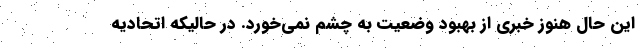
این حال هنوز خبری از بهبود وضعیت به چشم نمی‌خورد. در حالیکه اتحادیه